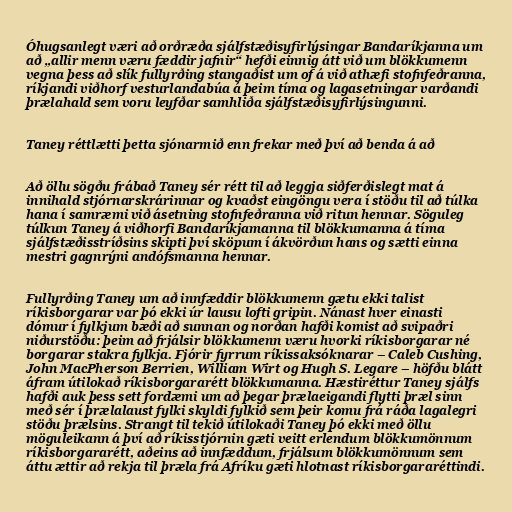
Óhugsanlegt væri að orðræða sjálfstæðisyfirlýsingar Bandaríkjanna um
að „allir menn væru fæddir jafnir“ hefði einnig átt við um blökkumenn
vegna þess að slík fullyrðing stangaðist um of á við athæfi stofnfeðranna,
ríkjandi viðhorf vesturlandabúa á þeim tíma og lagasetningar varðandi
þrælahald sem voru leyfðar samhliða sjálfstæðisyfirlýsingunni.

Taney réttlætti þetta sjónarmið enn frekar með því að benda á að

Að öllu sögðu frábað Taney sér rétt til að leggja siðferðislegt mat á
innihald stjórnarskrárinnar og kvaðst eingöngu vera í stöðu til að túlka
hana í samræmi við ásetning stofnfeðranna við ritun hennar. Söguleg
túlkun Taney á viðhorfi Bandaríkjamanna til blökkumanna á tíma
sjálfstæðisstríðsins skipti því sköpum í ákvörðun hans og sætti einna
mestri gagnrýni andófsmanna hennar.

Fullyrðing Taney um að innfæddir blökkumenn gætu ekki talist
ríkisborgarar var þó ekki úr lausu lofti gripin. Nánast hver einasti
dómur í fylkjum bæði að sunnan og norðan hafði komist að svipaðri
niðurstöðu: þeim að frjálsir blökkumenn væru hvorki ríkisborgarar né
borgarar stakra fylkja. Fjórir fyrrum ríkissaksóknarar – Caleb Cushing,
John MacPherson Berrien, William Wirt og Hugh S. Legare – höfðu blátt
áfram útilokað ríkisborgararétt blökkumanna. Hæstiréttur Taney sjálfs
hafði auk þess sett fordæmi um að þegar þrælaeigandi flytti þræl sinn
með sér í þrælalaust fylki skyldi fylkið sem þeir komu frá ráða lagalegri
stöðu þrælsins. Strangt til tekið útilokaði Taney þó ekki með öllu
möguleikann á því að ríkisstjórnin gæti veitt erlendum blökkumönnum
ríkisborgararétt, aðeins að innfæddum, frjálsum blökkumönnum sem
áttu ættir að rekja til þræla frá Afríku gæti hlotnast ríkisborgararéttindi.